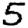
Digit: 5